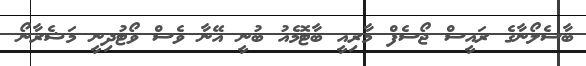
ބާސެލޯނާގެ ރައީސް ޖޯސެފް މާރިއީ ބާޓޮމެއު ބުނީ އޭނާ ވެސް ވޯޓުދިނީ މަޝެރާނޯ